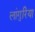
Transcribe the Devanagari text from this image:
लांगुरिया